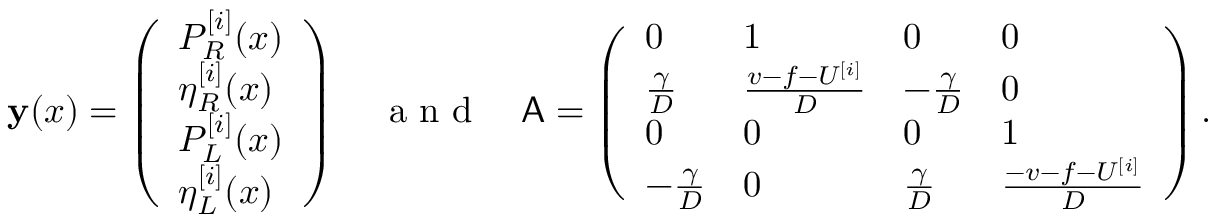
\mathbf { y } ( x ) = \left( \begin{array} { l } { P _ { R } ^ { [ i ] } ( x ) } \\ { \eta _ { R } ^ { [ i ] } ( x ) } \\ { P _ { L } ^ { [ i ] } ( x ) } \\ { \eta _ { L } ^ { [ i ] } ( x ) } \end{array} \right) \quad \mathrm { ~ a ~ n ~ d ~ } \quad \mathsf { A } = \left( \begin{array} { l l l l } { 0 } & { 1 } & { 0 } & { 0 } \\ { \frac { \gamma } { D } } & { \frac { v - f - U ^ { [ i ] } } { D } } & { - \frac { \gamma } { D } } & { 0 } \\ { 0 } & { 0 } & { 0 } & { 1 } \\ { - \frac { \gamma } { D } } & { 0 } & { \frac { \gamma } { D } } & { \frac { - v - f - U ^ { [ i ] } } { D } } \end{array} \right) .